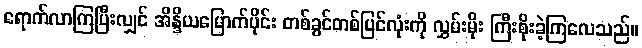
ရောက်လာကြပြီးလျှင် အိန္ဒိယမြောက်ပိုင်း တစ်ခွင်တစ်ပြင်လုံးကို လွှမ်းမိုး ကြီးစိုးခဲ့ကြလေသည်။